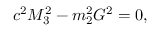
c ^ { 2 } M _ { 3 } ^ { 2 } - m _ { 2 } ^ { 2 } G ^ { 2 } = 0 ,